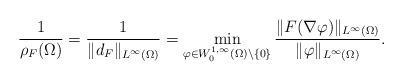
LaTeX: \begin{align*}\frac{1}{\rho_{F}(\Omega)} =\frac{1}{\|d_{F}\|_{L^{\infty}(\Omega)}}=\min_{\varphi\in W_{0}^{1,\infty}(\Omega)\setminus\{0\}}\frac{\|F(\nabla \varphi)\|_{L^{\infty}(\Omega)}}{\| \varphi\|_{L^{\infty}(\Omega)}}.\end{align*}